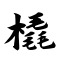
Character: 橇